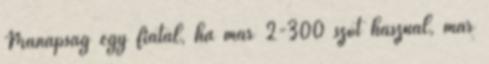
Manapság egy fiatal, ha már 2-300 szót használ, már